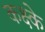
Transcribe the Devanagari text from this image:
कक्ष्के